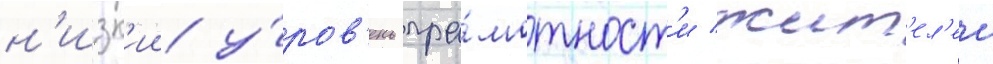
н'изк'ии у́ров'ень гра́мотност'и жит'ел'еи